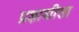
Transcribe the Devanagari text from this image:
प्रज्ञाशीला